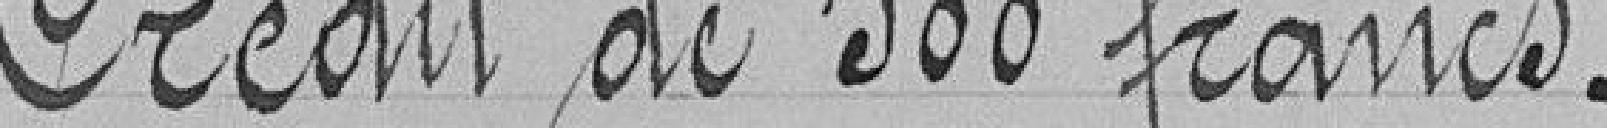
Crédit de 500 francs.